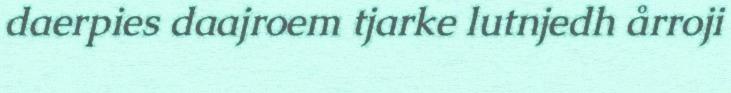
daerpies daajroem tjarke lutnjedh årroji